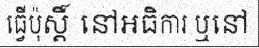
ធ្វើប៉ុស្តិ៍ នៅអធិការ ឬនៅ